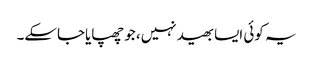
یہ کوئی ایسا بھید نہیں، جو چھپایاجاسکے۔